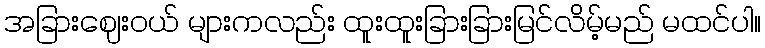
အခြားဈေးဝယ် များကလည်း ထူးထူးခြားခြားမြင်လိမ့်မည် မထင်ပါ။